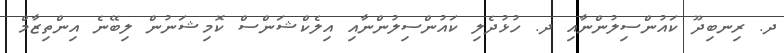
ދ. ރިނބިދޫ ކައުންސިލުންނާއި ދ. ހުޅުދެލި ކައުންސިލުންނާއި އިލެކްޝަންސް ކޮމިޝަނުން ލިބޭނެ އިންތިޒާމް